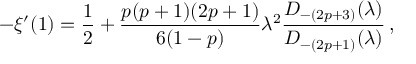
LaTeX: - \xi ^ { \prime } ( 1 ) = { \frac { 1 } { 2 } } + { \frac { p ( p + 1 ) ( 2 p + 1 ) } { 6 ( 1 - p ) } } \lambda ^ { 2 } { \frac { D _ { - ( 2 p + 3 ) } ( \lambda ) } { D _ { - ( 2 p + 1 ) } ( \lambda ) } } \, ,